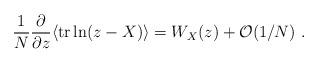
LaTeX: \begin{align*}\frac{1}{N}\frac{\partial}{\partial z}\langle\mathrm{tr} \ln (z-X)\rangle=W_X(z)+\mathcal{O}(1/N)\ .\end{align*}